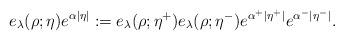
LaTeX: \begin{align*} e_{\lambda}(\rho;\eta)e^{\alpha|\eta|} := e_{\lambda}(\rho;\eta^+)e_{\lambda}(\rho;\eta^-)e^{\alpha^+|\eta^+|}e^{\alpha^-|\eta^-|}.\end{align*}